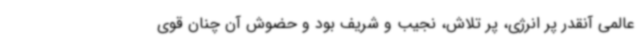
عالمی آنقدر پر انرژی، پر تلاش، نجیب و شریف بود و حضوش آن چنان قوی